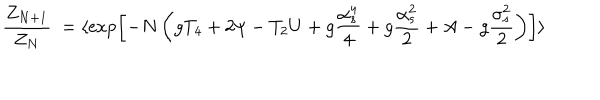
{ \frac { Z _ { N + 1 } } { Z _ { N } } } \ = \langle \exp \left[ - N \left( g T _ { 4 } + 2 \psi - T _ { 2 } U + g { \frac { \alpha _ { s } ^ { 4 } } { 4 } } + g { \frac { \alpha _ { s } ^ { 2 } } { 2 } } + A - g { \frac { \sigma _ { s } ^ { 2 } } { 2 } } \right) \right] \rangle